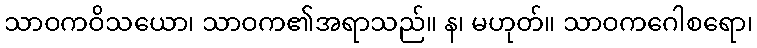
သာဝကဝိသယော၊ သာဝက၏အရာသည်။ န၊ မဟုတ်။ သာဝကဂေါစရော၊